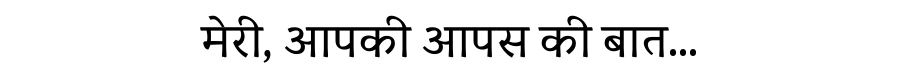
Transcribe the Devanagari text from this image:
मेरी, आपकी आपस की बात...